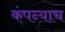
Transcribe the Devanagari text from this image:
कंपन्याच